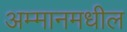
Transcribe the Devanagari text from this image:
अम्मानमधील